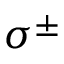
\sigma ^ { \pm }